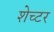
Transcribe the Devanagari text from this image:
शेच्टर